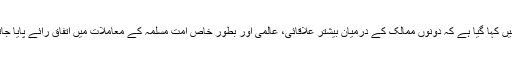
بیان میں کہا گیا ہے کہ دونوں ممالک کے درمیان بیشتر علاقائی، عالمی اور بطور خاص امت مسلمہ کے معاملات میں اتفاق رائے پایا جاتا ہے۔